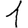
Digit: 1